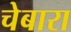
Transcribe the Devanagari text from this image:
चेबारा